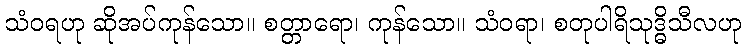
သံဝရဟု ဆိုအပ်ကုန်သော။ စတ္တာရော၊ ကုန်သော။ သံဝရာ၊ စတုပါရိသုဒ္ဓိသီလဟု